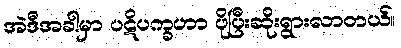
အဲဒီအခါမှာ ပဋိပက္ခဟာ ပိုပြီးဆိုးရွားလာတယ်။